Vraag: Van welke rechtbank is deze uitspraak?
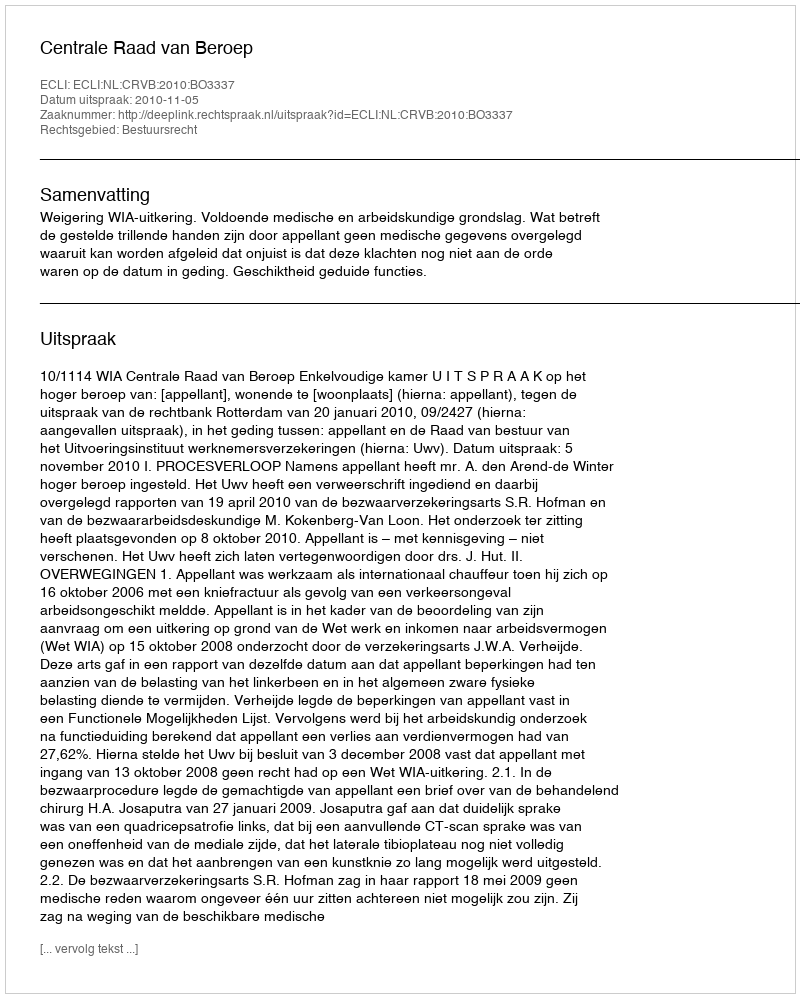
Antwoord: Centrale Raad van Beroep